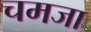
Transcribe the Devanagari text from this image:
चमजा